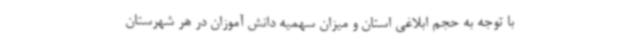
با توجه به حجم ابلاغی استان و میزان سهمیه دانش آموزان در هر شهرستان